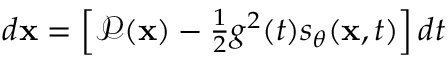
\begin{array} { r } { d \mathbf { x } = \left[ \mathcal { P } ( \mathbf { x } ) - \frac { 1 } { 2 } g ^ { 2 } ( t ) s _ { \theta } ( \mathbf { x } , t ) \right] d t } \end{array}